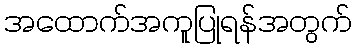
အထောက်အကူပြုရန်အတွက်